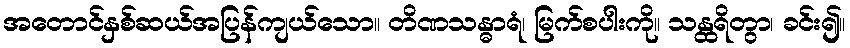
အတောင်နှစ်ဆယ်အပြန်ကျယ်သော။ တိဏသန္ဓာရံ၊ မြက်စပါးကို။ သန္ထရိတွာ၊ ခင်း၍။